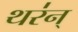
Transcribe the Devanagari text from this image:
थर॑न्